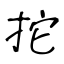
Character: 拕